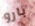
بارو